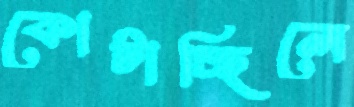
কোটাচ্ছিলে